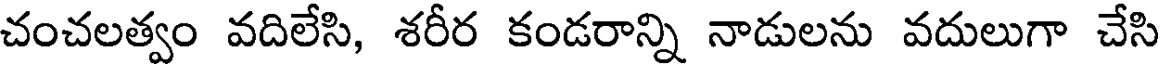
చంచలత్వం వదిలేసి, శరీర కండరాన్ని నాడులను వదులుగా చేసి